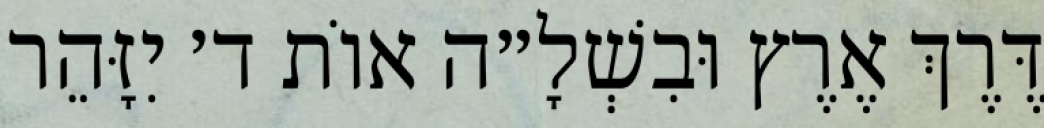
דֶּרֶךְ אֶרֶץ וּבִשְׁלָ״ה אוֹת ד׳ יִזָּהֵר